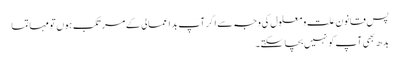
پس قانون علت و معلول کی وجہ سے اگر آپ بد اعمالی کے مرتکب ہوں تو مہاتما
بدھ بھی آپ کو نہیں بچا سکتے۔